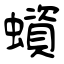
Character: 蠀